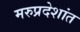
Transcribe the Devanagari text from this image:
मरुप्रदेशांत